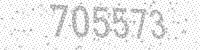
Solution: 705573